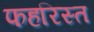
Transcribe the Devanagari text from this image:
फहरिस्त